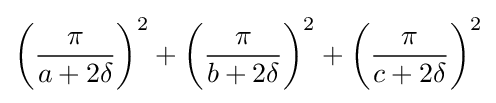
\left({\frac {\pi }{a+2\delta }}\right)^{2}+\left({\frac {\pi }{b+2\delta }}\right)^{2}+\left({\frac {\pi }{c+2\delta }}\right)^{2}